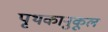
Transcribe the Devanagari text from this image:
पृथकानुकूल